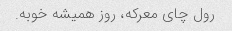
رول چای معرکه، روز همیشه خوبه.